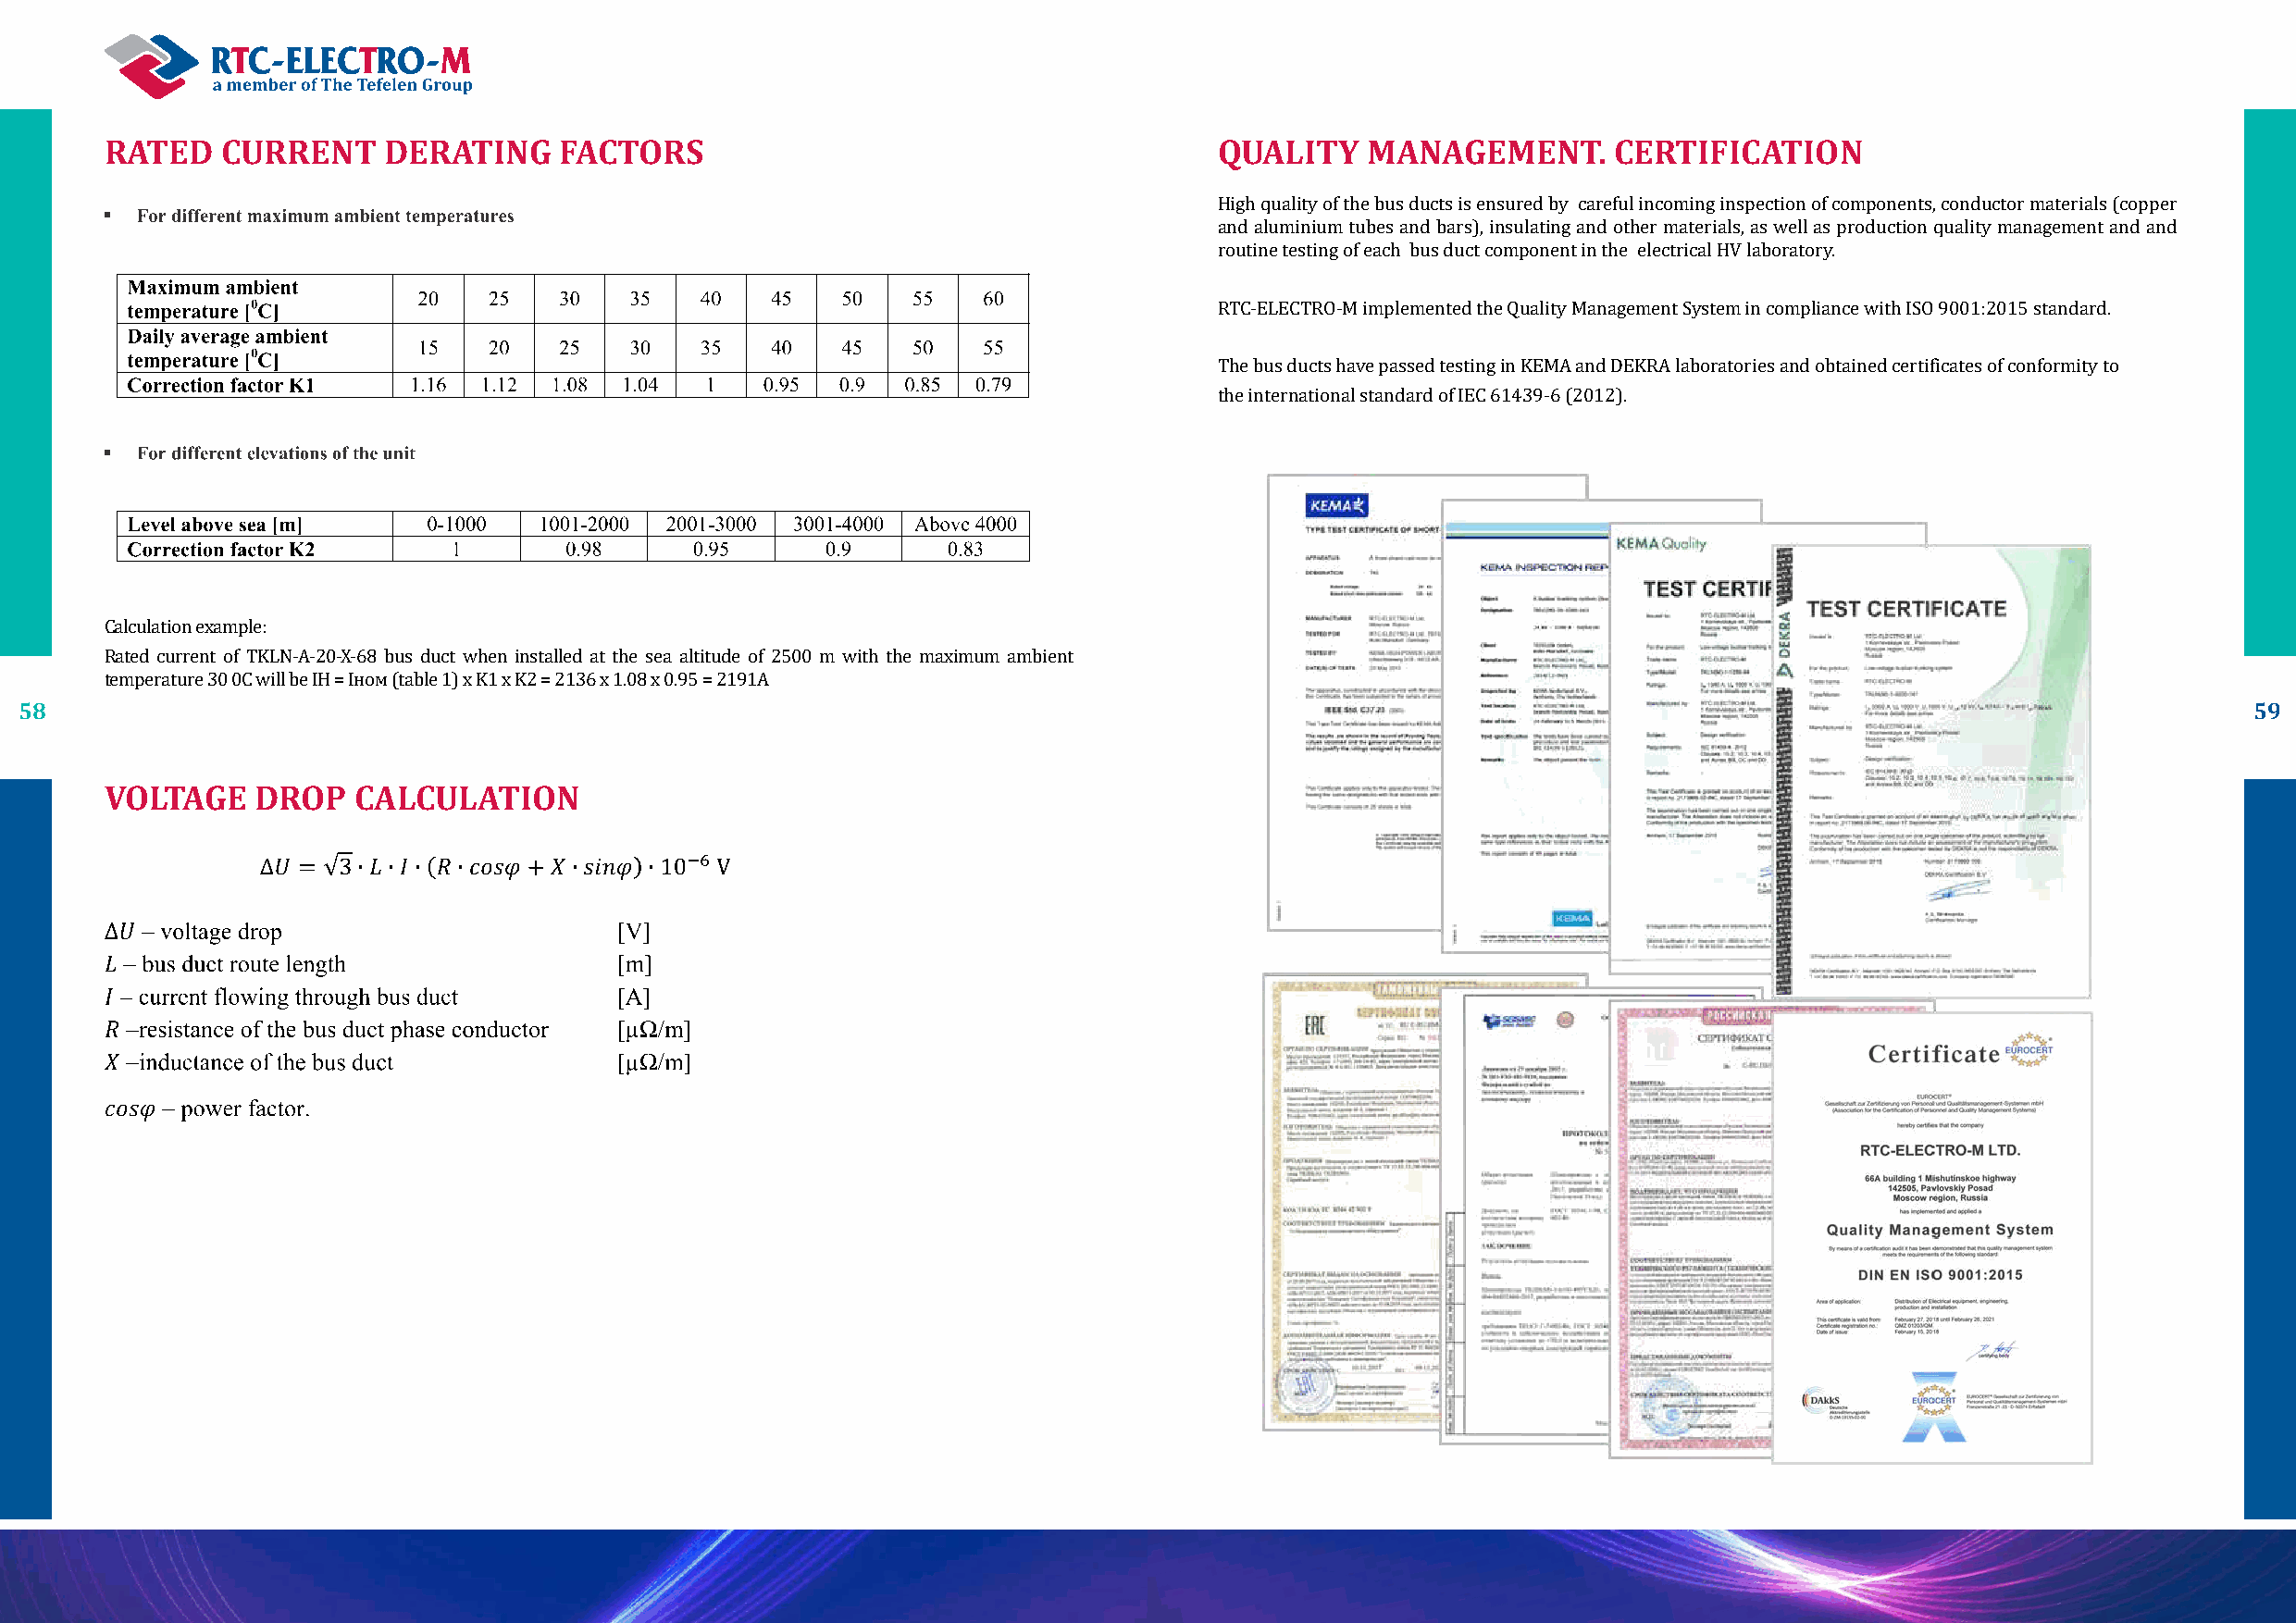
RATED    CURRENT    DERATING     FACTORS                                        QUALITY    MANAGEMENT.      CERTIFICATION
 High quality of the bus ducts is ensured by careful incoming inspection of components, conductor materials (copper
 and aluminium tubes and bars), insulating and other materials, as well as production quality management and and
 routine testing of each bus duct component in the electrical HV laboratory.
 RTC-ELECTRO-M implemented the Quality Management System in compliance with ISO 9001:2015 standard.
 The bus ducts have passed testing in KEMA and DEKRA laboratories and obtained certificates of conformity to
 the international standard of IEC 61439-6 (2012).
 Calculation example:
 Rated current of TKLN-A-20-X-68 bus duct when installed at the sea altitude of 2500 m with the maximum ambient
 58                                                                                                                                                              59
 temperature 30 0С will be IН = Iном (table 1) x K1 x K2 = 2136 x 1.08 x 0.95 = 2191А
 VOLTAGE    DROP   CALCULATION